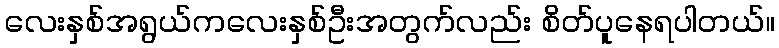
လေးနှစ်အရွယ်ကလေးနှစ်ဦးအတွက်လည်း စိတ်ပူနေရပါတယ်။